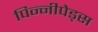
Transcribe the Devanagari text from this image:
पिन्नीपेड्स